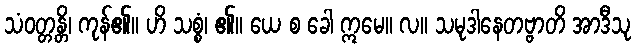
သံဝတ္တန္တိ၊ ကုန်၏။ ဟိ သစ္စံ၊ ၏။ ယေ စ ခေါ ဣမေ။ လ။ သမုဒါနေတဗ္ဗာတိ အာဒီသု